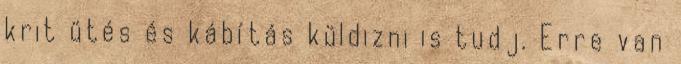
krit ütés és kábítás küldizni is tudj. Erre van